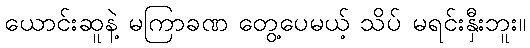
ယောင်းဆူနဲ့ မကြာခဏ တွေ့ပေမယ့် သိပ် မရင်းနှီးဘူး။